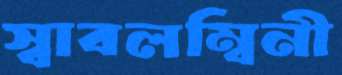
স্বাবলম্বিনী